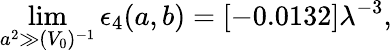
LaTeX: \operatorname*{lim}_{a^{2}\gg(V_{0})^{-1}}\epsilon_{4}(a,b)=[-0.0132]\lambda^{-3},